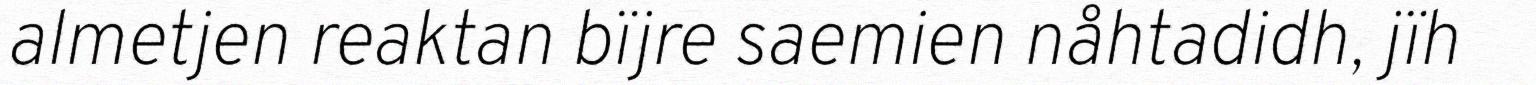
almetjen reaktan bïjre saemien nåhtadidh, jïh